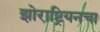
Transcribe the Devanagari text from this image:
झोराष्ट्रियनचा